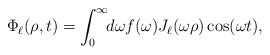
\begin{align*}\Phi_\ell(\rho,t) = \int_0^\infty \! \! d\omega f(\omega) J_\ell(\omega \rho) \cos(\omega t),\end{align*}